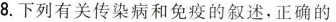
8.下列有关传染病和免疫的叙述，正确的